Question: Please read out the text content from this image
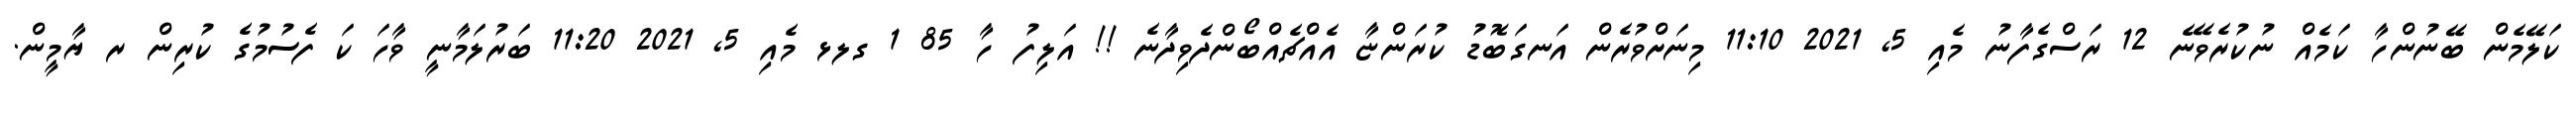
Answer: ކަލޭމެން ބޭނުންހާ ކަމެއް ނުކުރެވޭނެ 12 ރަސްގެފާނު މެއި 5, 2021 11:10 މިނަށްވުރެން އަނގަބޮޑު ކުރަންޏާ އެއްޗެއްބޯންދެވިދާނެ !! އަލިފު ހާ 85 1 ގލޅ މެއި 5, 2021 11:20 ބަރުލަމާނީ ވާހަ ކަ ފެސުމުގެ ކުރިން ރ ޔާމީން.